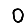
Digit: 0